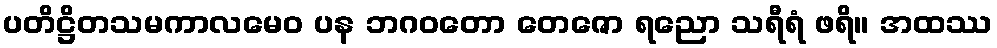
ပတိဋ္ဌိတသမကာလမေဝ ပန ဘဂဝတော တေဇော ရညော သရီရံ ဖရိ။ အထဿ